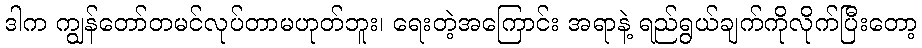
ဒါက ကျွန်တော်တမင်လုပ်တာမဟုတ်ဘူး၊ ရေးတဲ့အကြောင်း အရာနဲ့ ရည်ရွယ်ချက်ကိုလိုက်ပြီးတော့